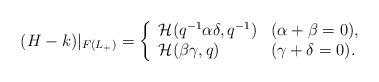
LaTeX: \begin{align*}(H-k)|_{F(L_{+})}=\left\{\begin{array}{ll}\mathcal{H}(q^{-1}\alpha\delta, q^{-1}) & (\alpha+\beta=0), \\ \mathcal{H}(\beta\gamma, q) & (\gamma+\delta=0). \end{array}\right. \end{align*}